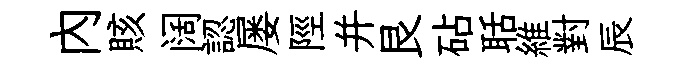
内賅阔認屡陘并艮砧聒維對辰